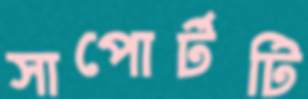
সাপোর্টটি